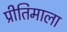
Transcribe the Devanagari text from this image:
प्रीतिमाला